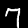
Digit: 7